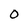
Character: O